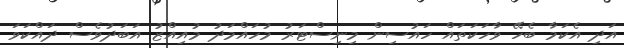
އަދި އެކަމާ ބެހޭ ވާހަކަތައް ހައުސިން މިނިސްޓަރު މުހައްމަދު މުއިއްޒު އަބަދުވެސް ދައްކަވަ